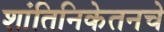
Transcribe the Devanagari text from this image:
शांतिनिकेतनचे